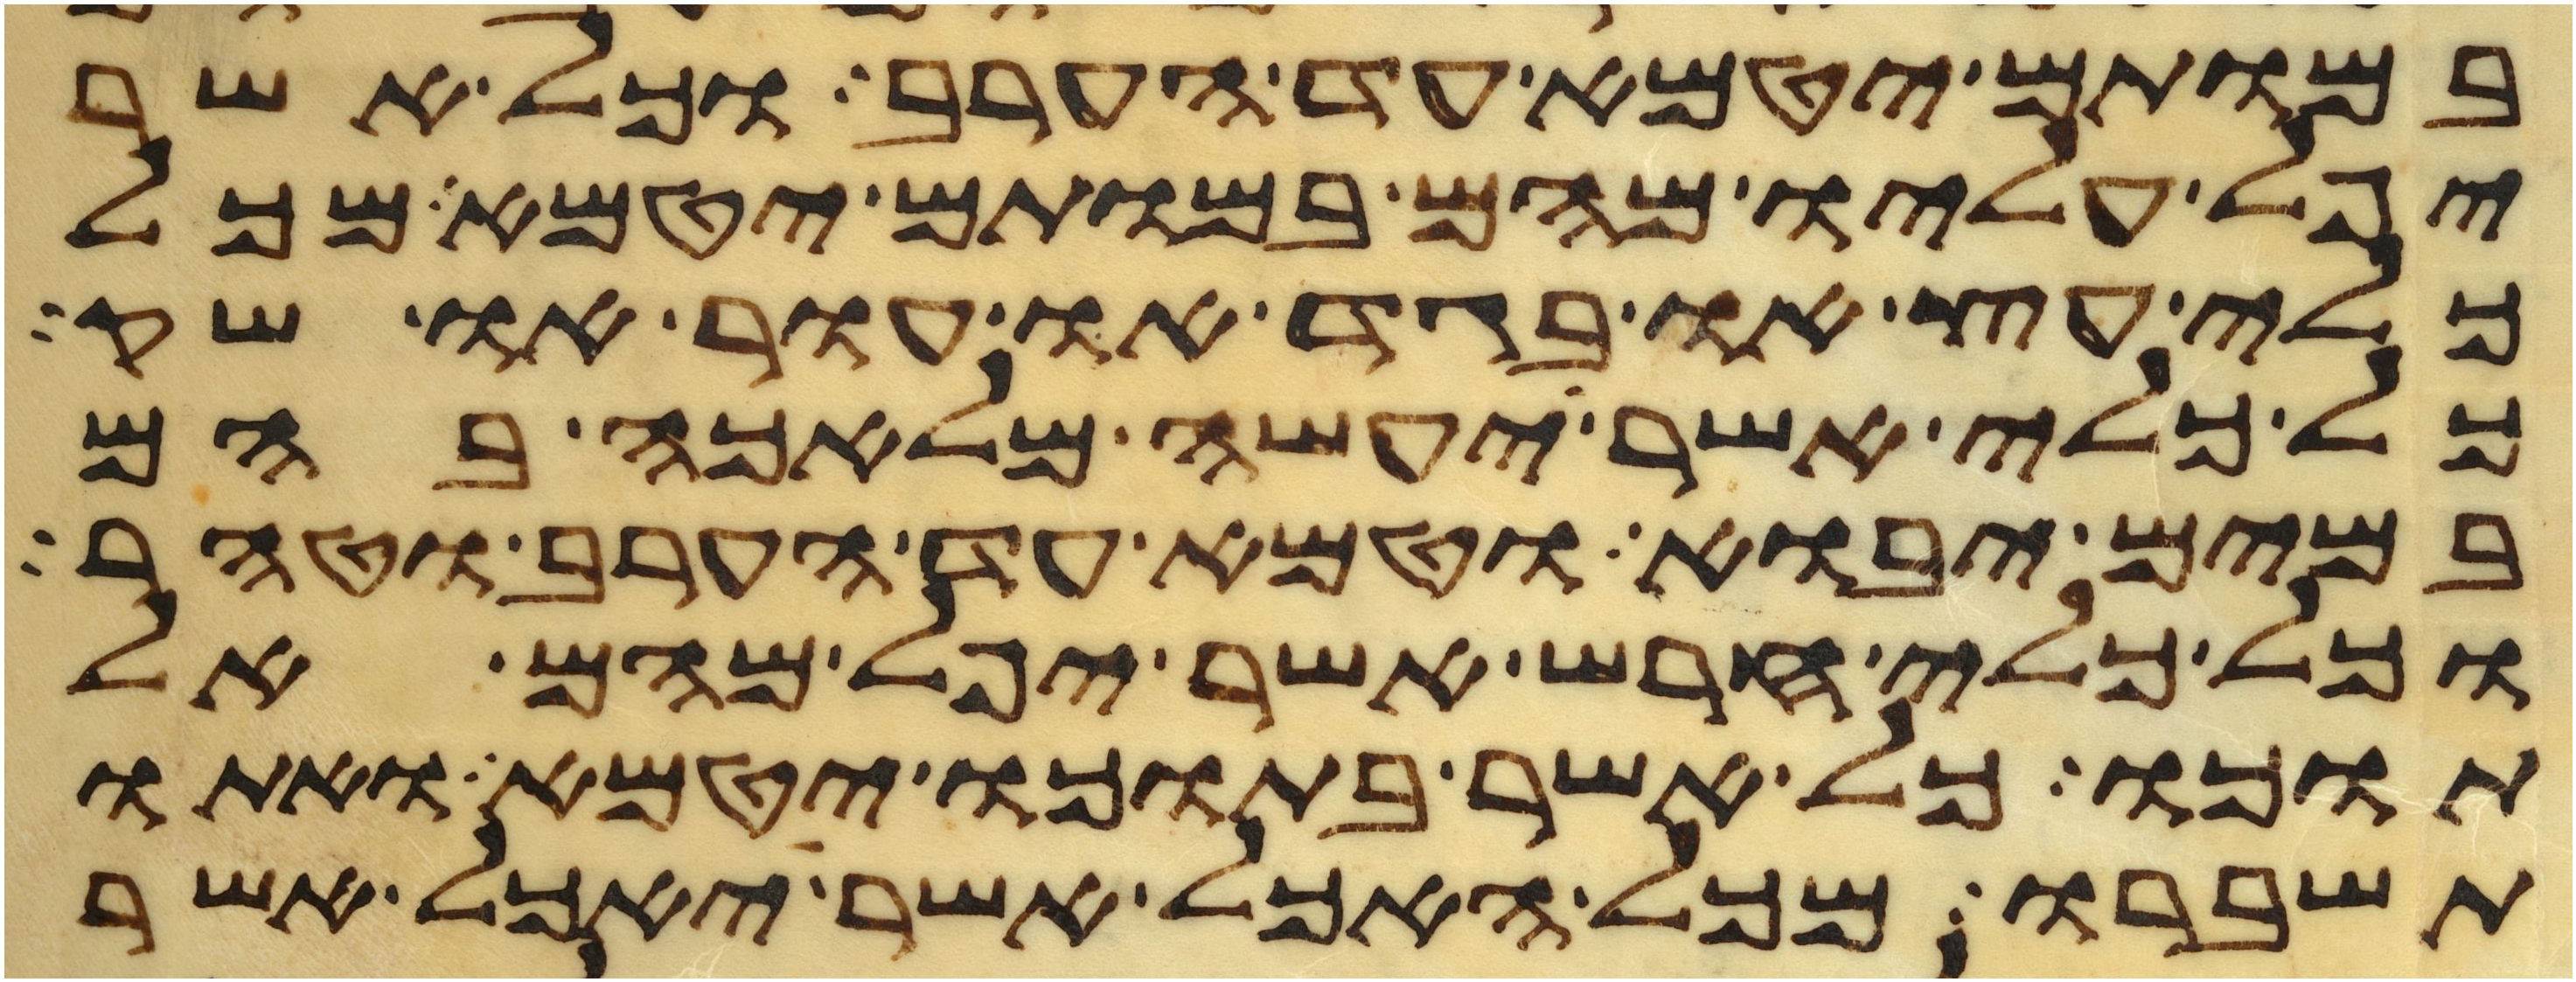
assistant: במותם יטמא עד הערב וכל אשר
יפל עליו מהם במותם יטמא מכל
כלי עץ או בגד או עור או שק
כל כלי אשר יעשה מלאכה בהם
במים יבוא וטמא עד הערב וטהר
וכל כלי חרש אשר יפל מהם אל
תוכו כל אשר בתוכו יטמא ואתו
תשברו מכל האכל אשר יאכל אשר